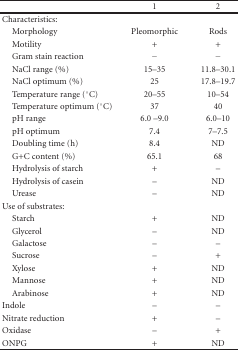
<table><thead><tr><td><b> </b></td><td><b>1</b></td><td><b>2</b></td></tr></thead><tbody><tr><td>Characteristics:</td><td></td><td></td></tr><tr><td> Morphology</td><td>Pleomorphic</td><td>Rods</td></tr><tr><td> Motility</td><td>+</td><td>+</td></tr><tr><td> Gram stain reaction</td><td>−</td><td>−</td></tr><tr><td> NaCl range (%)</td><td>15–35</td><td>11.8–30.1</td></tr><tr><td> NaCl optimum (%)</td><td>25</td><td>17.8–19.7</td></tr><tr><td> Temperature range (°C)</td><td>20–55</td><td>10–54</td></tr><tr><td> Temperature optimum (°C)</td><td>37</td><td>40</td></tr><tr><td> pH range</td><td>6.0 –9.0</td><td>6.0–10</td></tr><tr><td> pH optimum</td><td>7.4</td><td>7–7.5</td></tr><tr><td> Doubling time (h)</td><td>8.4</td><td>ND</td></tr><tr><td> G+C content (%)</td><td>65.1</td><td>68</td></tr><tr><td> Hydrolysis of starch</td><td>+</td><td>–</td></tr><tr><td> Hydrolysis of casein</td><td>–</td><td>ND</td></tr><tr><td> Urease</td><td>–</td><td>ND</td></tr><tr><td>Use of substrates:</td><td></td><td></td></tr><tr><td> Starch</td><td>+</td><td>ND</td></tr><tr><td> Glycerol</td><td>–</td><td>ND</td></tr><tr><td> Galactose</td><td>–</td><td>–</td></tr><tr><td> Sucrose</td><td>–</td><td>+</td></tr><tr><td> Xylose</td><td>+</td><td>ND</td></tr><tr><td> Mannose</td><td>+</td><td>ND</td></tr><tr><td> Arabinose</td><td>+</td><td>ND</td></tr><tr><td>Indole</td><td>–</td><td>–</td></tr><tr><td>Nitrate reduction</td><td>+</td><td>–</td></tr><tr><td>Oxidase</td><td>–</td><td>+</td></tr><tr><td>ONPG</td><td>+</td><td>ND</td></tr></tbody></table>